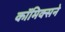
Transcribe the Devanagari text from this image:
कॉमिक्सने